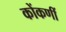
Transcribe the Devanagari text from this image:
कोंकणीं